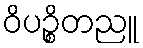
ဝိပဉ္စိတညူ